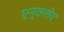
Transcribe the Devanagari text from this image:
एन्कलेव